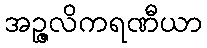
အဉ္ဇလိကရဏီယာ